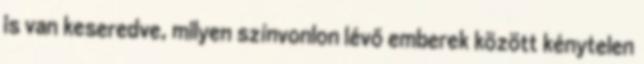
is van keseredve, milyen színvonlon lévő emberek között kénytelen